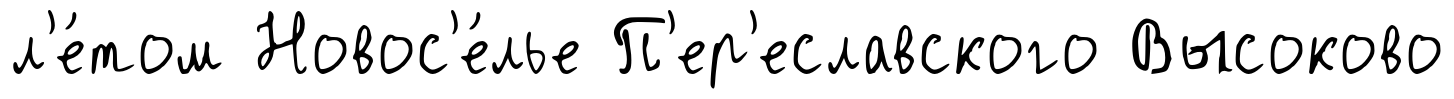
л'е́том Новос'е́лье П'ер'еславского Высоково